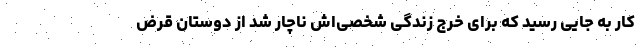
کار به جایی رسید که برای خرج زندگی شخصی‌اش ناچار شد از دوستان قرض